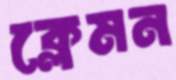
ক্লেমন